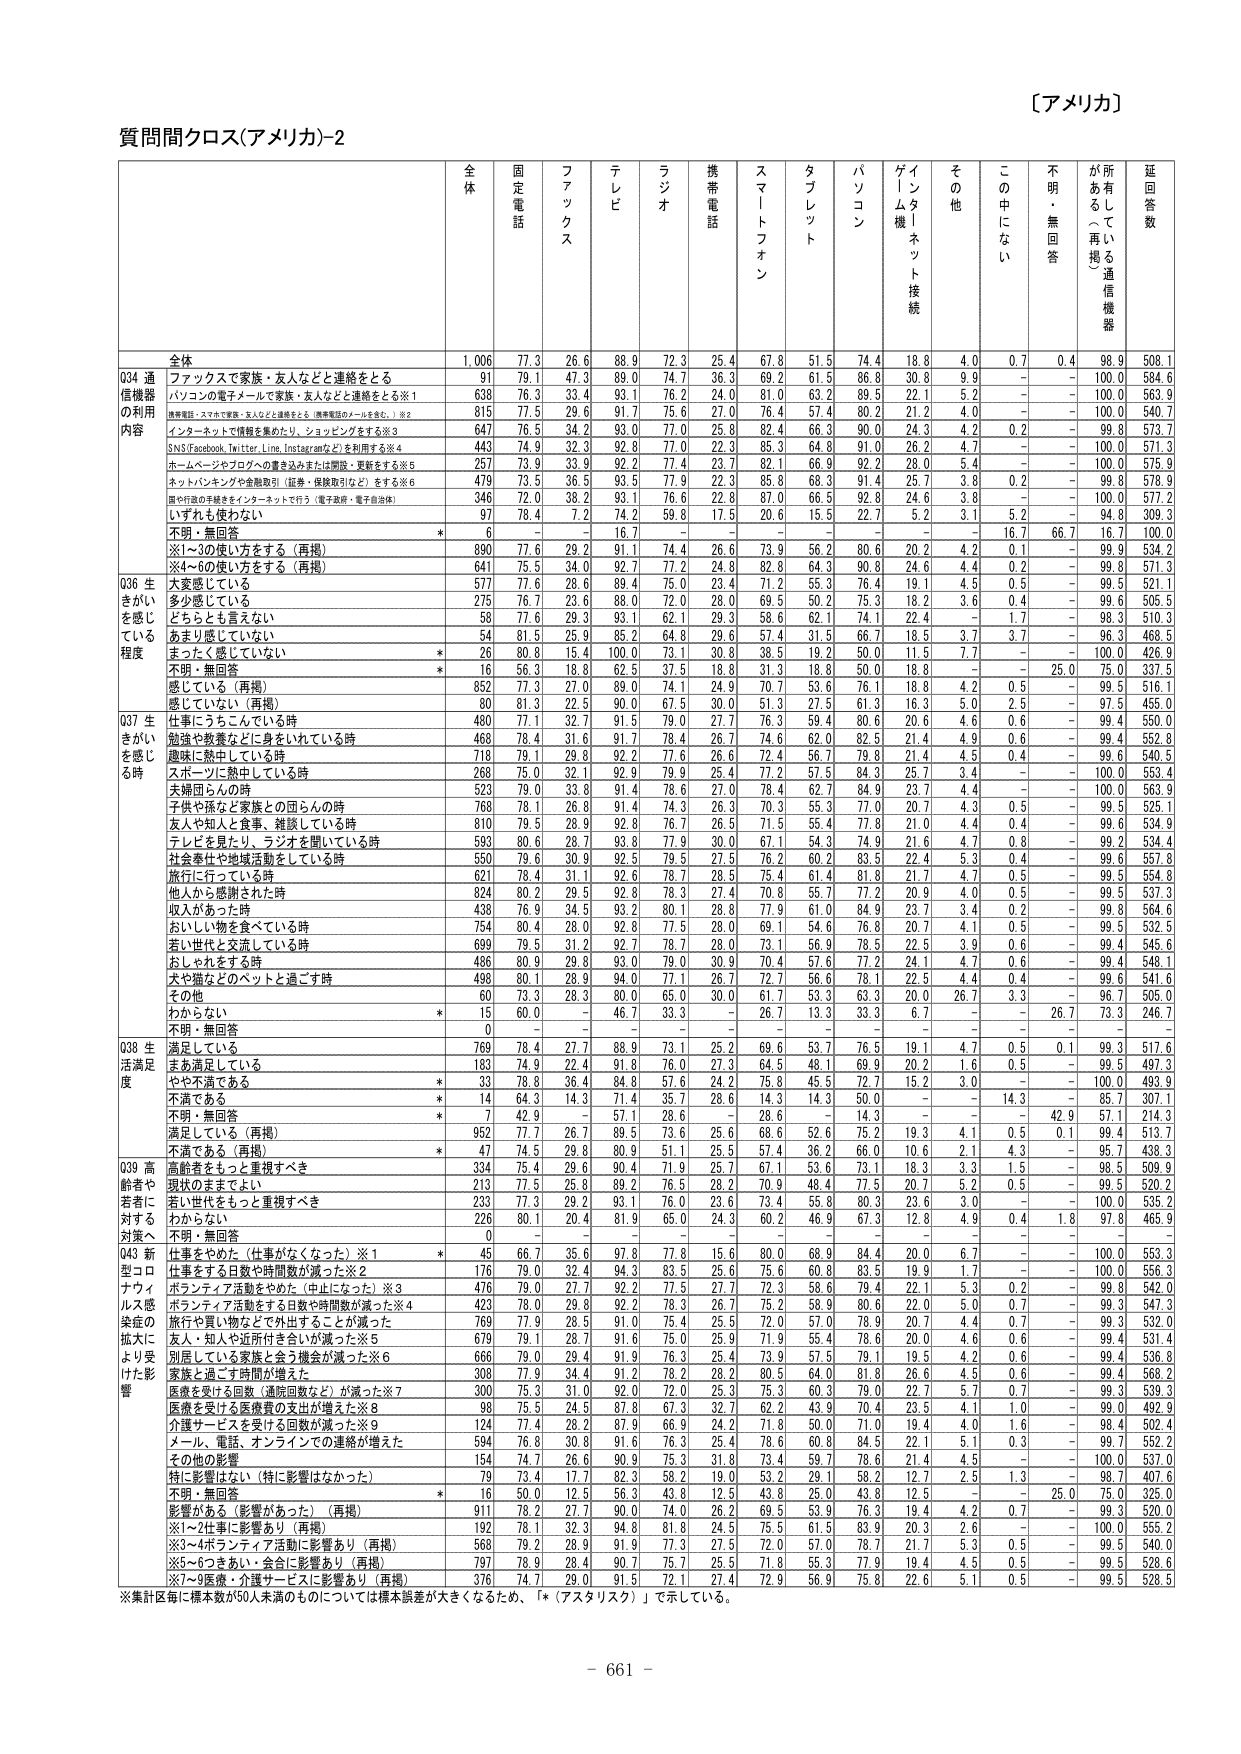
〔アメリカ〕

質問間クロス(アメリカ)-2

全体 固定電話 ファックス テレビ ラジオ 携帯電話 スマートフォン タブレット パソコン ゲーム機／インターネット接続 その他 この中にない 不明・無回答 がある・再掲 通信機器 延回答数

全体 1,006 77.3 26.6 88.9 72.3 25.4 67.8 51.5 74.4 18.8 4.0 0.7 0.4 98.9 508.1

Q34 通信機器の利用内容 ファックスで家族・友人などと連絡をとる 91 79.1 47.3 89.0 74.7 36.3 69.2 61.5 86.8 30.8 9.9 - - 100.0 584.6
パソコンの電子メールで家族・友人などと連絡をとる※1 638 76.3 33.4 93.1 76.2 24.0 81.0 63.2 89.5 22.1 5.2 - - 100.0 563.9
携帯電話・スマホで家族・友人などと連絡をとる（携帯電話のメールを含む。）※2 815 77.5 29.6 91.7 75.6 27.0 76.4 57.4 80.2 21.2 4.0 - - 100.0 540.7
インターネットで情報を集めたり、ショッピングをする※3 647 76.5 34.2 93.0 77.0 25.8 82.4 66.3 90.0 24.3 4.2 0.2 - 99.8 573.7
SNS(Facebook, Twitter, Line, Instagramなど)を利用する※4 443 74.9 32.3 92.8 77.0 22.3 85.3 64.8 91.0 26.2 4.7 - - 100.0 571.3
ホームページやブログへの書き込みまたは閲覧・更新をする※5 257 73.9 33.9 92.2 77.4 23.7 82.1 66.9 92.2 28.0 5.4 - - 100.0 575.9
ネットバンキングや金融取引（証券・保険取引など）をする※6 479 73.5 36.5 93.5 77.9 22.3 85.8 68.3 91.4 25.7 3.8 0.2 - 99.8 578.9
国や行政の手続きをインターネットで行う（電子政府・電子自治体） 346 72.0 38.2 93.1 76.6 22.8 87.0 66.5 92.8 24.6 3.8 - - 100.0 577.2
いずれも使わない 97 78.4 7.2 74.2 59.8 17.5 20.6 15.5 22.7 5.2 3.1 5.2 - 94.8 309.3
不明・無回答 * 6 - - 16.7 - - - - - - 16.7 66.7 16.7 100.0
※1～3の使い方をする（再掲） 890 77.6 29.2 91.1 74.4 26.6 73.9 56.2 80.6 20.2 4.2 0.1 - 99.9 534.2
※4～6の使い方をする（再掲） 641 75.5 34.0 92.7 77.2 24.8 82.8 64.3 90.8 24.6 4.4 0.2 - 99.8 571.3

Q36 生きがいを感じている程度 大変感じている 577 77.6 28.6 89.4 75.0 23.4 71.2 55.3 76.4 19.1 4.5 0.5 - 99.5 521.1
多少感じている 275 76.7 23.6 88.0 72.0 28.0 69.5 50.2 75.3 18.2 3.6 0.4 - 99.6 505.5
どちらとも言えない 58 77.6 29.3 93.1 62.1 29.3 58.6 62.1 74.1 22.4 - 1.7 - 98.3 510.3
あまり感じていない 54 81.5 25.9 85.2 64.8 29.6 57.4 31.5 66.7 18.5 3.7 3.7 - 96.3 468.5
まったく感じていない * 26 80.8 15.4 100.0 73.1 30.8 38.5 19.2 50.0 11.5 7.7 - - 100.0 426.9
不明・無回答 * 16 56.3 18.8 62.5 37.5 18.8 31.3 18.8 50.0 18.8 - - 25.0 75.0 337.5
感じている（再掲） 852 77.3 27.0 89.0 74.1 24.9 70.7 53.6 76.1 18.8 4.2 0.5 - 99.5 516.1
感じていない（再掲） 80 81.3 22.5 90.0 67.5 30.0 51.3 27.5 61.3 16.3 5.0 2.5 - 97.5 455.0

Q37 生きがいを感じる時 仕事にうちこんでいる時 480 77.1 32.7 91.5 79.0 27.7 76.3 59.4 80.6 20.6 4.6 0.6 - 99.4 550.0
勉強や教養などに身をいれている時 468 78.4 31.6 91.7 78.4 26.7 74.6 62.0 82.5 21.4 4.9 0.6 - 99.4 552.8
趣味に熱中している時 718 79.1 29.8 92.2 77.6 26.6 72.4 56.7 79.8 21.4 4.5 0.4 - 99.6 540.5
スポーツに熱中している時 268 75.0 32.1 92.9 79.9 25.4 77.2 57.5 84.3 25.7 3.4 - - 100.0 553.4
夫婦団らんの時 523 79.0 33.8 91.4 78.6 27.0 78.4 62.7 84.9 23.7 4.4 - - 100.0 563.9
子供や孫など家族との団らんの時 768 78.1 26.8 91.4 74.3 26.3 70.3 55.3 77.0 20.7 4.3 0.5 - 99.5 525.1
友人や知人と食事、雑談している時 810 79.5 28.9 92.8 76.7 26.5 71.5 55.4 77.8 21.0 4.4 0.4 - 99.6 534.9
テレビを見たり、ラジオを聞いている時 593 80.6 28.7 93.8 77.9 30.0 67.1 54.3 74.9 21.6 4.7 0.8 - 99.2 534.4
社会奉仕や地域活動をしている時 550 79.6 30.9 92.5 79.5 27.5 76.2 60.2 83.5 22.4 5.3 0.4 - 99.6 557.8
旅行に行っている時 621 78.4 31.1 92.6 78.7 28.5 75.4 61.4 81.8 21.7 4.7 0.5 - 99.5 554.8
他人から感謝された時 824 80.2 29.5 92.8 78.3 27.4 70.8 55.7 77.2 20.9 4.0 0.5 - 99.5 537.3
収入があった時 438 76.9 34.5 93.2 80.1 28.8 77.9 61.0 84.9 23.7 3.4 0.2 - 99.8 564.6
おいしい物を食べている時 754 80.4 26.0 92.8 77.5 28.0 69.1 54.6 76.8 20.7 4.1 0.5 - 99.5 532.5
若い世代と交流している時 699 79.5 31.2 92.7 78.7 28.0 73.1 56.9 78.5 22.5 3.9 0.6 - 99.4 545.6
おしゃれをする時 486 80.9 29.8 93.0 79.0 30.9 70.4 57.6 77.2 24.1 4.7 0.6 - 99.4 548.1
犬や猫などのペットと過ごす時 498 80.1 28.9 94.0 77.1 26.7 72.7 56.6 78.1 22.5 4.4 0.4 - 99.6 541.6
その他 60 73.3 28.3 80.0 65.0 30.0 61.7 53.3 63.3 20.0 26.7 3.3 - 96.7 505.0
わからない * 15 60.0 - 46.7 33.3 - 26.7 13.3 33.3 6.7 - - 26.7 73.3 246.7
不明・無回答 0 - - - - - - - - - - - - - -

Q38 生活満足度 満足している 769 78.4 27.7 88.9 73.1 25.2 69.6 53.7 76.5 19.1 4.7 0.5 0.1 99.3 517.6
まあ満足している 183 74.9 22.4 91.8 76.0 27.3 64.5 48.1 69.9 20.2 1.6 0.5 - 99.5 497.3
やや不満である * 33 78.8 36.4 84.8 57.6 24.2 75.8 45.5 72.7 15.2 3.0 - - 100.0 493.9
不満である * 14 64.3 14.3 71.4 35.7 28.6 14.3 14.3 50.0 - - 14.3 - 85.7 307.1
不明・無回答 * 7 42.9 - 57.1 28.6 - 28.6 - 14.3 - - - 42.9 57.1 214.3
満足している（再掲） 952 77.7 26.7 89.5 73.6 25.6 68.6 52.6 75.2 19.3 4.1 0.5 0.1 99.4 513.7
不満である（再掲） * 47 74.5 29.8 80.9 51.1 25.5 57.4 36.2 66.0 10.6 2.1 4.3 - 95.7 438.3

Q39 高齢者や若者に対する対策への影響 高齢者をもっと重視すべき 334 75.4 29.6 90.4 71.9 25.7 67.1 53.6 73.1 18.3 3.3 1.5 - 98.5 509.9
現状のままでよい 213 77.5 25.8 89.2 76.5 28.2 70.9 48.4 77.5 20.7 5.2 0.5 - 99.5 520.2
若い世代をもっと重視すべき 233 77.3 29.2 93.1 76.0 23.6 73.4 55.8 80.3 23.6 3.0 - - 100.0 535.2
わからない 226 80.1 20.4 81.9 65.0 24.3 60.2 46.9 67.3 12.8 4.9 0.4 1.8 97.8 465.9
不明・無回答 0 - - - - - - - - - - - - - -

Q43 新型コロナウイルス感染症の拡大により受けた影響 仕事をやめた（仕事がなくなった）※1 * 45 66.7 35.6 97.8 77.8 15.6 80.0 68.9 84.4 20.0 6.7 - - 100.0 553.3
仕事をする日数や時間数が減った※2 176 79.0 32.4 94.3 83.5 25.6 75.6 60.8 83.5 19.9 1.7 - - 100.0 556.3
ボランティア活動をやめた（中止になった）※3 476 79.0 27.7 92.2 77.5 27.7 72.3 58.6 79.4 22.1 5.3 0.2 - 99.8 542.0
ボランティア活動をする日数や時間数が減った※4 423 78.0 29.8 92.2 78.3 26.7 75.2 58.9 80.6 22.0 5.0 0.7 - 99.3 547.3
旅行や買い物などで外出することが減った 769 77.9 28.5 91.0 75.4 25.5 72.0 57.0 78.9 20.7 4.4 0.7 - 99.3 532.0
友人・知人や近所付き合いが減った※5 679 79.1 28.7 91.6 75.0 25.9 71.9 55.4 78.6 20.0 4.6 0.6 - 99.4 531.4
別居している家族と会う機会が減った※6 666 79.0 29.4 91.9 76.3 25.4 73.9 57.5 79.1 19.5 4.2 0.6 - 99.4 536.8
家族と過ごす時間が増えた 308 77.9 34.4 91.2 78.2 28.2 80.5 64.0 81.8 26.6 4.5 0.6 - 99.4 568.2
医療を受ける回数（通院回数など）が減った※7 300 75.3 31.0 92.0 72.0 25.3 75.3 60.3 79.0 22.7 5.7 0.7 - 99.3 539.3
医療を受ける医療費の支出が増えた※8 98 75.5 24.5 87.8 67.3 32.7 62.2 43.9 70.4 23.5 4.1 1.0 - 99.0 492.9
介護サービスを受けける回数が減った※9 124 77.4 28.2 87.9 66.9 24.2 71.8 50.0 71.0 19.4 4.0 1.6 - 98.4 502.4
メール、電話、オンラインでの連絡が増えた 594 76.8 30.8 91.6 76.3 25.4 78.6 60.8 84.5 22.1 5.1 0.3 - 99.7 552.2
その他の影響 154 74.7 26.6 90.9 75.3 31.8 73.4 59.7 78.6 21.4 4.5 - - 100.0 537.0
特に影響はない（特に影響はなかった） 79 73.4 17.7 82.3 58.2 19.0 53.2 29.1 58.2 12.7 2.5 1.3 - 98.7 407.6
不明・無回答 * 16 50.0 12.5 56.3 43.8 12.5 43.8 25.0 43.8 12.5 - - 25.0 75.0 325.0
影響がある（影響があった）（再掲） 911 78.2 27.7 90.0 74.0 26.2 69.5 53.9 76.3 19.4 4.2 0.7 - 99.3 520.0
※1～2仕事に影響あり（再掲） 192 78.1 32.3 94.8 81.8 24.5 75.5 61.5 83.9 20.3 2.6 - - 100.0 555.2
※3～4ボランティア活動に影響あり（再掲） 568 79.2 28.9 91.9 77.3 27.5 72.0 57.0 78.7 21.7 5.3 0.5 - 99.5 540.0
※5～6つきあい・会合に影響あり（再掲） 797 78.9 28.4 90.7 75.7 25.5 71.8 55.3 77.9 19.4 4.5 0.5 - 99.5 528.6
※7～9医療・介護サービスに影響あり（再掲） 376 74.7 29.0 91.5 72.1 27.4 72.9 56.9 75.8 22.6 5.1 0.5 - 99.5 528.5

※集計区毎に標本数が50人未満のものについては標本誤差が大きくなるため、「*（アスタリスク）」で示している。

- 661 -